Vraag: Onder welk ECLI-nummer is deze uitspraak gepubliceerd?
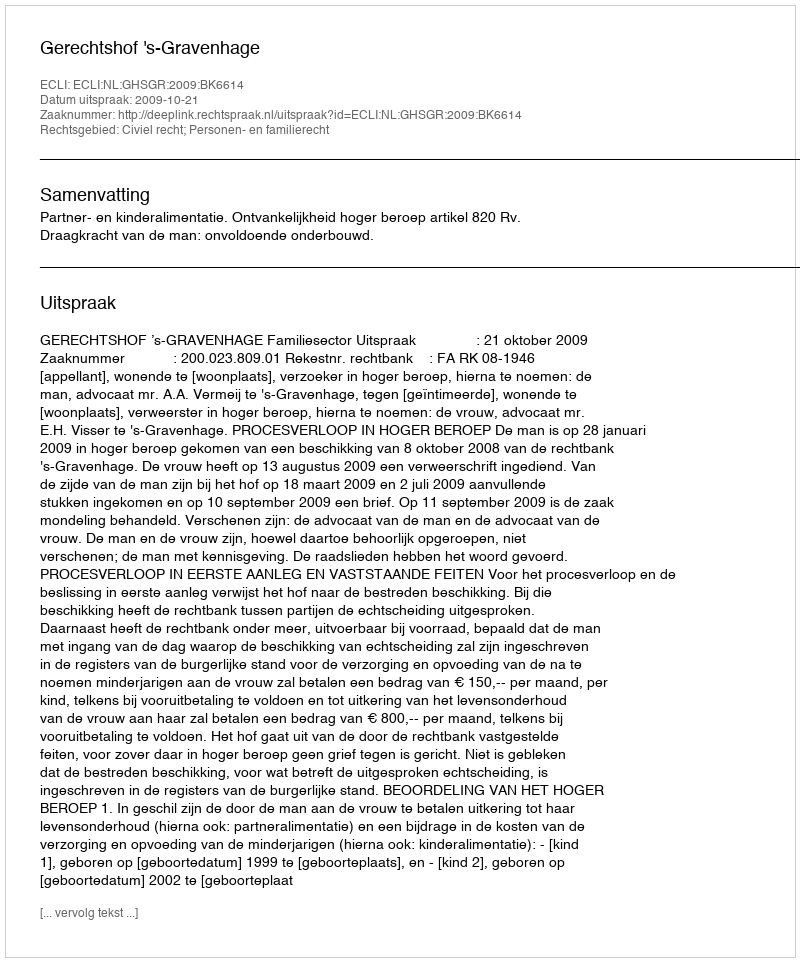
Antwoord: ECLI:NL:GHSGR:2009:BK6614